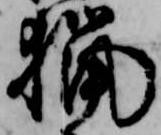
猟